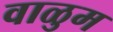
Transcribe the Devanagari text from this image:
वाळुम